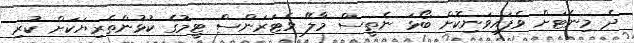
ދެ މިނެޓަށް ވެފައިވަނިކޮށް ބޯޅަ ނެތީސް މާލޭ ވެޓަރަންސް ޓީމުގެ ކުޅުންތެރިޔަކަށް ކުރި